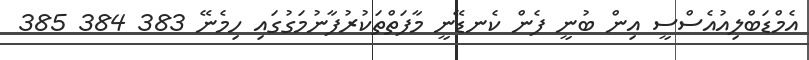
އެމްޑަބްލިއުއެސްސީ އިން ބުނީ ފެން ކެނޑޭނީ މާފަތްތަކުރުފާނުމަގުގައި ހިމެނޭ 383 384 385